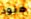
هنود